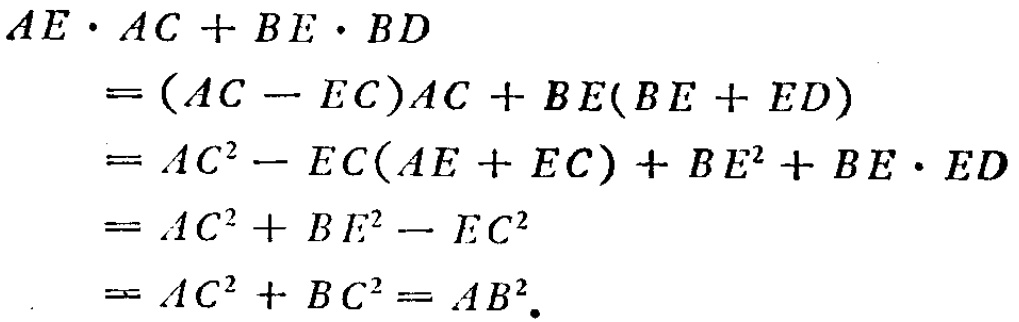
\begin{align*}
AE\cdot AC + BE\cdot BD&=(AC - EC)AC + BE(BE + ED)\\
&=AC^{2}-EC(AE + EC)+BE^{2}+BE\cdot ED\\
&=AC^{2}+BE^{2}-EC^{2}\\
&=AC^{2}+BC^{2}=AB^{2}.
\end{align*}